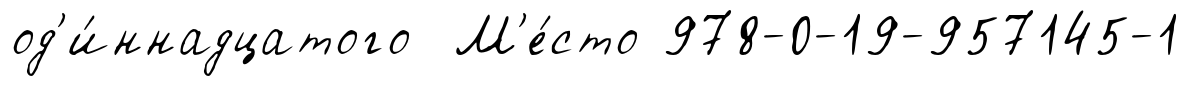
од'и́ннадцатого М'е́сто 978-0-19-957145-1